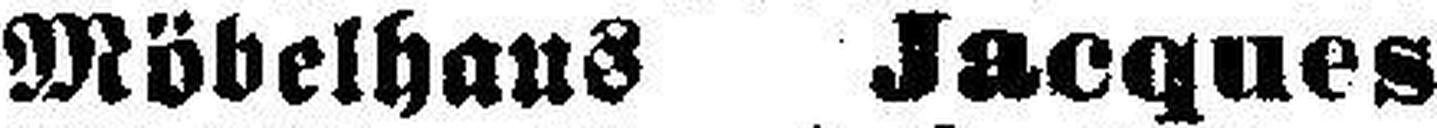
Möbelhaus Jacques